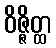
ဝိဇ္ဇိတ္ထ